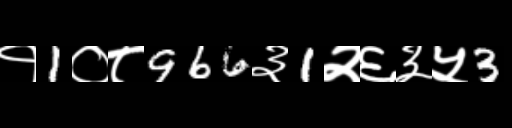
Text: १1०८966३1२६३५3